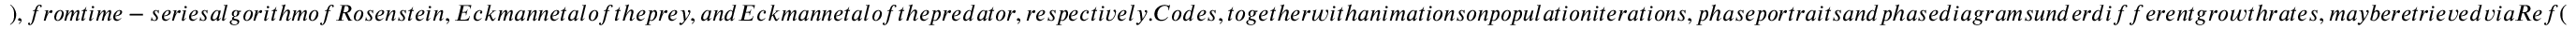
) , f r o m t i m e - s e r i e s a l g o r i t h m o f R o s e n s t e i n , E c k m a n n e t a l o f t h e p r e y , a n d E c k m a n n e t a l o f t h e p r e d a t o r , r e s p e c t i v e l y . C o d e s , t o g e t h e r w i t h a n i m a t i o n s o n p o p u l a t i o n i t e r a t i o n s , p h a s e p o r t r a i t s a n d p h a s e d i a g r a m s u n d e r d i f f e r e n t g r o w t h r a t e s , m a y b e r e t r i e v e d v i a R e f (